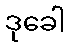
ဒုခေါ